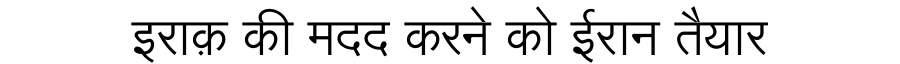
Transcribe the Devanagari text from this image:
इराक़ की मदद करने को ईरान तैयार